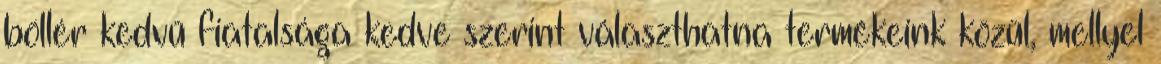
böllér kedvű fiatalsága kedve szerint választhatna termékeink közül, mellyel